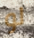
لو